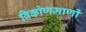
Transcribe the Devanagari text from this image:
विकोणमाणों